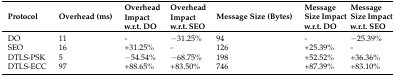
<table><thead><tr><td><b>Protocol</b></td><td><b>Overhead (ms)</b></td><td><b>Overhead Impact w.r.t. DO</b></td><td><b>Overhead Impact w.r.t. SEO</b></td><td><b>Message Size (Bytes)</b></td><td><b>Message Size Impact w.r.t. DO</b></td><td><b>Message Size Impact w.r.t. SEO</b></td></tr></thead><tbody><tr><td>DO</td><td>11</td><td>-</td><td>−31.25%</td><td>94</td><td>-</td><td>−25.39%</td></tr><tr><td>SEO</td><td>16</td><td>+31.25%</td><td>-</td><td>126</td><td>+25.39%</td><td>-</td></tr><tr><td>DTLS-PSK</td><td>5</td><td>−54.54%</td><td>−68.75%</td><td>198</td><td>+52.52%</td><td>+36.36%</td></tr><tr><td>DTLS-ECC</td><td>97</td><td>+88.65%</td><td>+83.50%</td><td>746</td><td>+87.39%</td><td>+83.10%</td></tr></tbody></table>